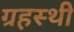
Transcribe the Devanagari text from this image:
ग्रहस्थी